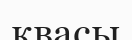
квасы